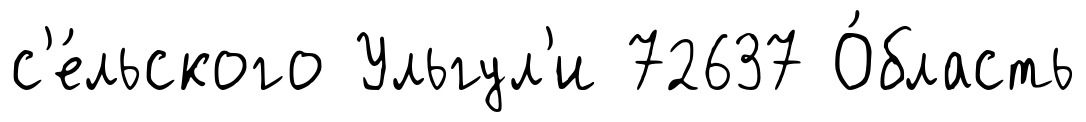
с'е́льского Ульгул'и 72637 О́бласть